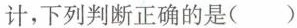
计，下列判断正确的是( )